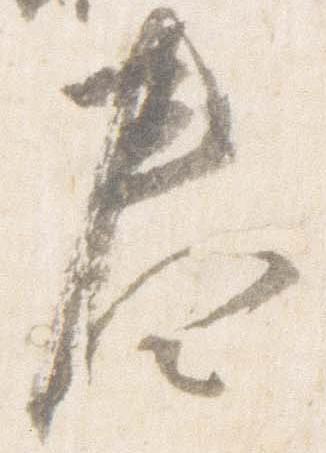
奏